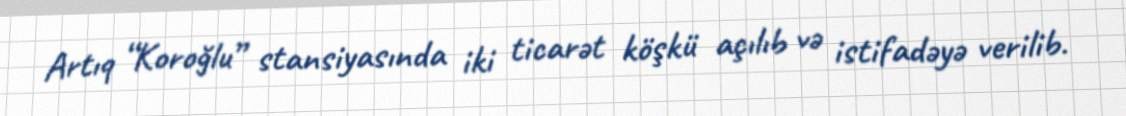
Artıq “Koroğlu” stansiyasında iki ticarət köşkü açılıb və istifadəyə verilib.